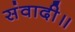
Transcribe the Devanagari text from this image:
संवादी॥